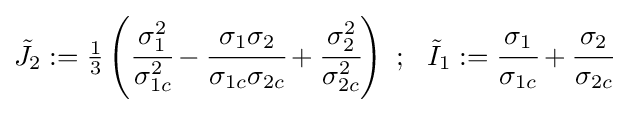
{\tilde {J}}_{2}:={\tfrac {1}{3}}\left({\cfrac {\sigma _{1}^{2}}{\sigma _{1c}^{2}}}-{\cfrac {\sigma _{1}\sigma _{2}}{\sigma _{1c}\sigma _{2c}}}+{\cfrac {\sigma _{2}^{2}}{\sigma _{2c}^{2}}}\right)~;~~{\tilde {I}}_{1}:={\cfrac {\sigma _{1}}{\sigma _{1c}}}+{\cfrac {\sigma _{2}}{\sigma _{2c}}}